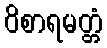
ဝိစာရမတ္တံ